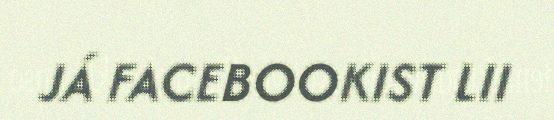
JÁ FACEBOOKIST LII